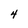
Character: 4